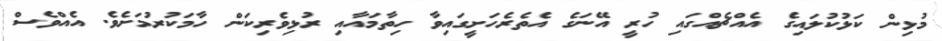
މުޅިން ކަޅުކުލައިގެ އެއްޗެއްގައި ހުރީ އޭނަގެ އެތެރެހަށީގައިވާ ހިތާމައާއި ރުޅިވެރިކަން ހާމަކުރުމަށެވެ. އެއްވެސް